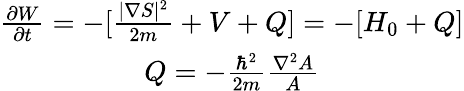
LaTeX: \begin{array}{c}{\frac{\partial W}{\partial t}=-[\frac{|\nabla S|^{2}}{2m}+V+Q]=-[H_{0}+Q]}\\ {Q=-\frac{\hbar^{2}}{2m}\frac{\nabla^{2}A}{A}}\end{array}